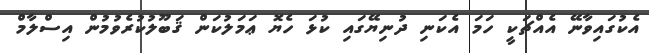
އެކުގައިވާނޭ އެއްޗަކީ ހަމަ އެކަނި ދުނިޔޭގައި ކުޅަ ހެޔޮ ޢަމަލުކަން ޤަބޫލުކުރެވުމުން އިސްލާމް